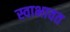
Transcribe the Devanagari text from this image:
स्वाभावत